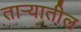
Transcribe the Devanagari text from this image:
तार्‍यातील